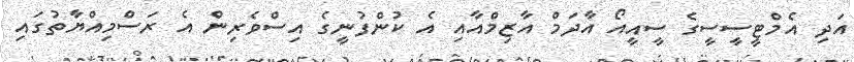
އަދި އެމްޓީސީސީގެ ސީއީއޯ އާދަމް އާޒިމްއާއި އެ ކުންފުނީގެ އިސްވެރިން އެ ރަސްމިއްޔާތުގައި